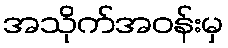
အသိုက်အဝန်းမှ